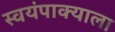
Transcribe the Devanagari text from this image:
स्वयंपाक्याला